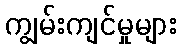
ကျွမ်းကျင်မှုများ